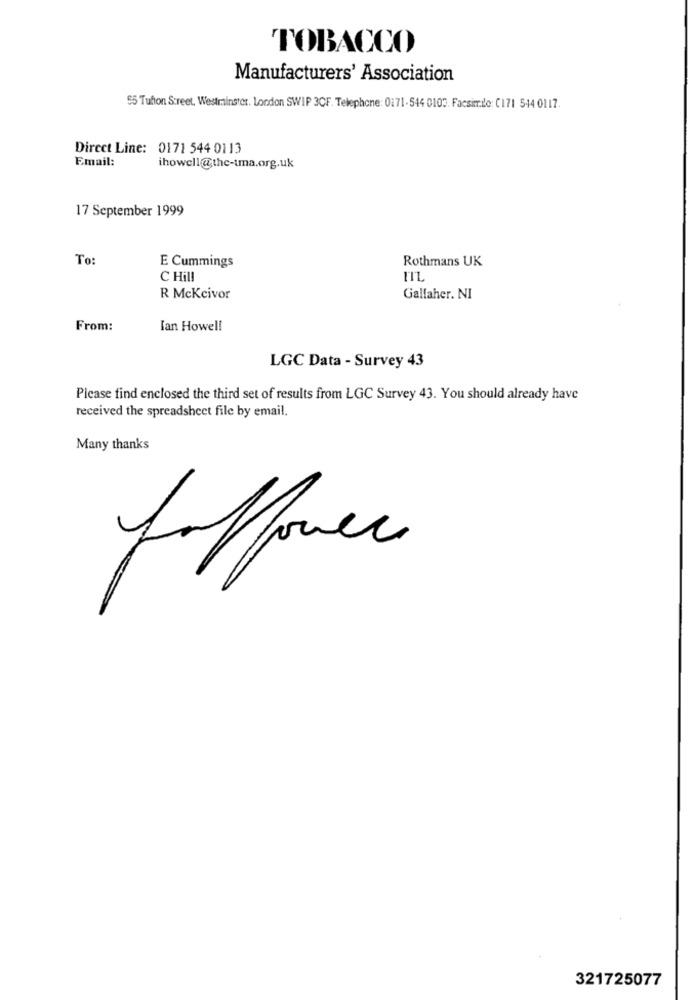
TOBACCO
Manufacturers' Association
55 Tufion Street, Westminster. London SWIP 3CF. Telephone: 0171-544 0100. Facsim.do: C171 544 0117.
Direct Line: 0171 544 0113
Email:
ihowell@the-tma.org.uk
17 September 1999
To:
E Cummings
Rothmans UK
C Hill
R McKcivor
Gallaher. NI
From:
Ian Howell
LGC Data - Survey 43
Please find enclosed the third set of results from LGC Survey 43. You should already have
received the spreadsheet file by email.
Many thanks
follower
321725077